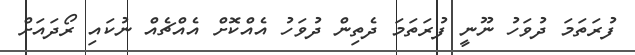
ފުރަތަމަ ދުވަހު ނޫނީ ފުރަތަމަ ދެތިން ދުވަހު އެއްކޮށް އެއްޗެއް ނުކައި ރޯދައަށް